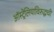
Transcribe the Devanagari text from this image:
ऑस्ट्रेलियाविरुद्धची